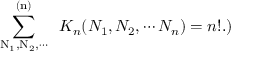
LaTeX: \mathrm { ~ \sum _ { N _ { 1 } , N _ { 2 } , \cdots } ^ { ( n ) } ~ } \, K _ { n } ( N _ { 1 } , N _ { 2 } , \cdots N _ { n } ) = n ! . \mathrm { ) }